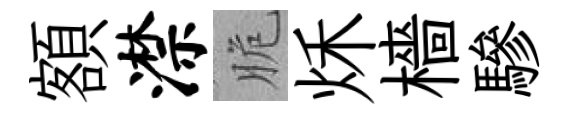
額潸脆秌檣驂